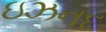
ઇઝનદ